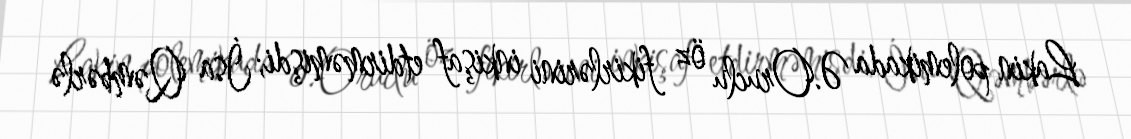
Lakin polemikada Ə.Oruclu öz fikirlərini inkişaf etdirməmişdi; İsa Qəmbərlə